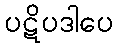
ပဋိပဒါပေ